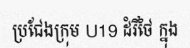
ប្រជែងក្រុម U19 ដំរីថៃ ក្នុង